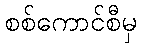
စစ်ကောင်စီမှ